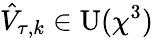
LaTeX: \hat{V}_{\tau,k}\in\operatorname{U}(\chi^{3})